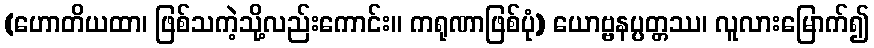
(ဟောတိယထာ၊ ဖြစ်သကဲ့သို့လည်းကောင်း။ ကရုဏာဖြစ်ပုံ) ယောဗ္ဗနပ္ပတ္တဿ၊ လူလားမြောက်၍